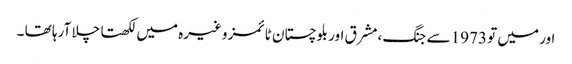
اور میں تو 1973 سے جنگ ،مشرق اور بلوچستان ٹائمز وغیرہ میں لکھتا چلا آرہا تھا ۔